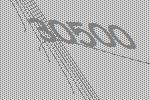
30500